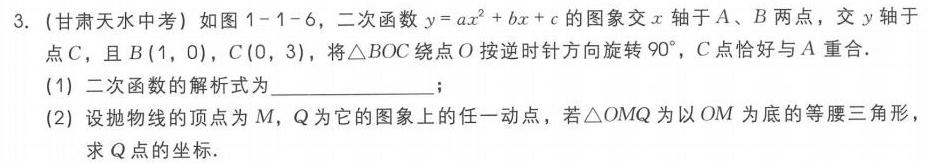
3. (甘肃天水中考) 如图1 - 1 - 6，二次函数\(y = ax^{2}+bx + c\)的图象交\(x\)轴于\(A\)、\(B\)两点，交\(y\)轴于点\(C\)，且\(B(1,0)\)，\(C(0,3)\)，将\(\triangle BOC\)绕点\(O\)按逆时针方向旋转\(90^{\circ}\)，\(C\)点恰好与\(A\)重合．
(1) 二次函数的解析式为____________；
(2) 设抛物线的顶点为\(M\)，\(Q\)为它的图象上的任一动点，若\(\triangle OMQ\)为以\(OM\)为底的等腰三角形，求\(Q\)点的坐标．